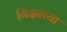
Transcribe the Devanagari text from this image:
गिझाच्या